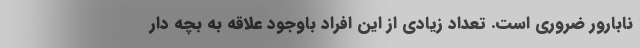
نابارور ضروری است. تعداد زیادی از این افراد باوجود علاقه به بچه دار